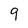
Character: 9